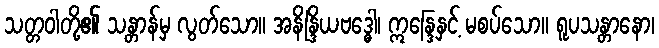
သတ္တဝါတို့၏ သန္တာန်မှ လွတ်သော။ အနိန္ဒြိယဗဒ္ဓေါ၊ ဣန္ဒြေနှင့် မစပ်သော။ ရူပသန္တာနော၊